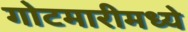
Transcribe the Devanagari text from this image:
गोटमारीमध्ये